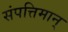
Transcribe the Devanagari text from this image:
संपत्तिमान्